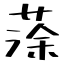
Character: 蒤